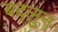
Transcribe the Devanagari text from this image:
बद्लुन